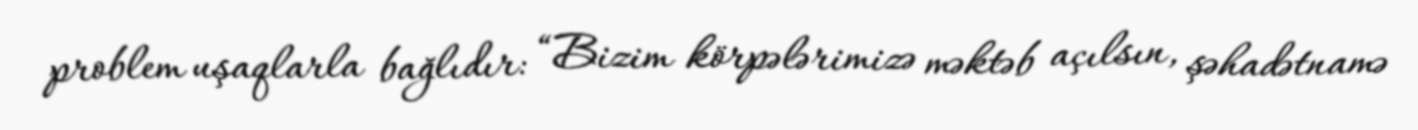
problem uşaqlarla bağlıdır: “Bizim körpələrimizə məktəb açılsın, şəhadətnamə